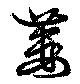
蔞